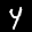
Label: 4